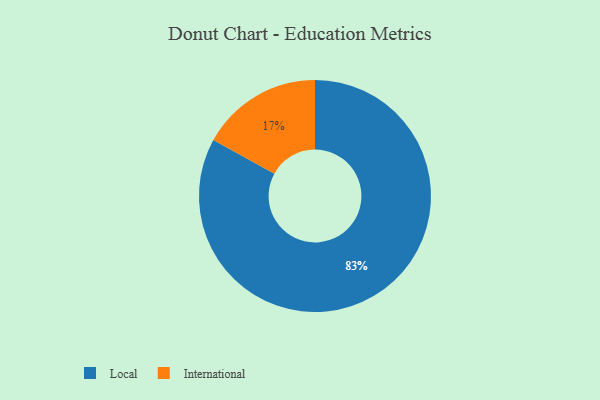
{"axis": {"x": "Category", "y": "Percentage"}, "legend": ["International", "Local"], "data": [{"x": "Local", "y": 83, "type": "Local"}, {"x": "International", "y": 17, "type": "International"}]}